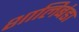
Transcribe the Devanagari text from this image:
शालिबंडा